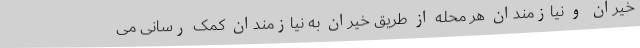
خیران و نیازمندان هر محله از طریق خیران به نیازمندان کمک رسانی می